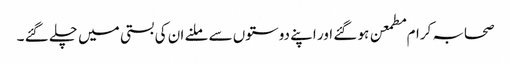
صحابہ کرام مطمعن ہو گئے اور اپنے دوستوں سے ملنے ان کی بستی میں چلے گئے ۔